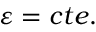
\varepsilon = c t e .